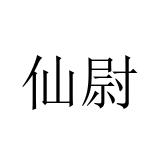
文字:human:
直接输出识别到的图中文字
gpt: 仙尉